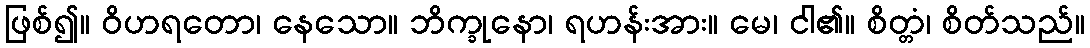
ဖြစ်၍။ ဝိဟရတော၊ နေသော။ ဘိက္ခုနော၊ ရဟန်းအား။ မေ၊ ငါ၏။ စိတ္တံ၊ စိတ်သည်။